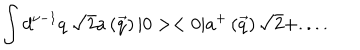
\int d ^ { \nu - 1 } q \; \sqrt { 2 } a \left( \vec { q } \right) | 0 > < 0 | a ^ { + } \left( \vec { q } \right) \sqrt { 2 } + . . . .